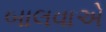
બાલવાએ